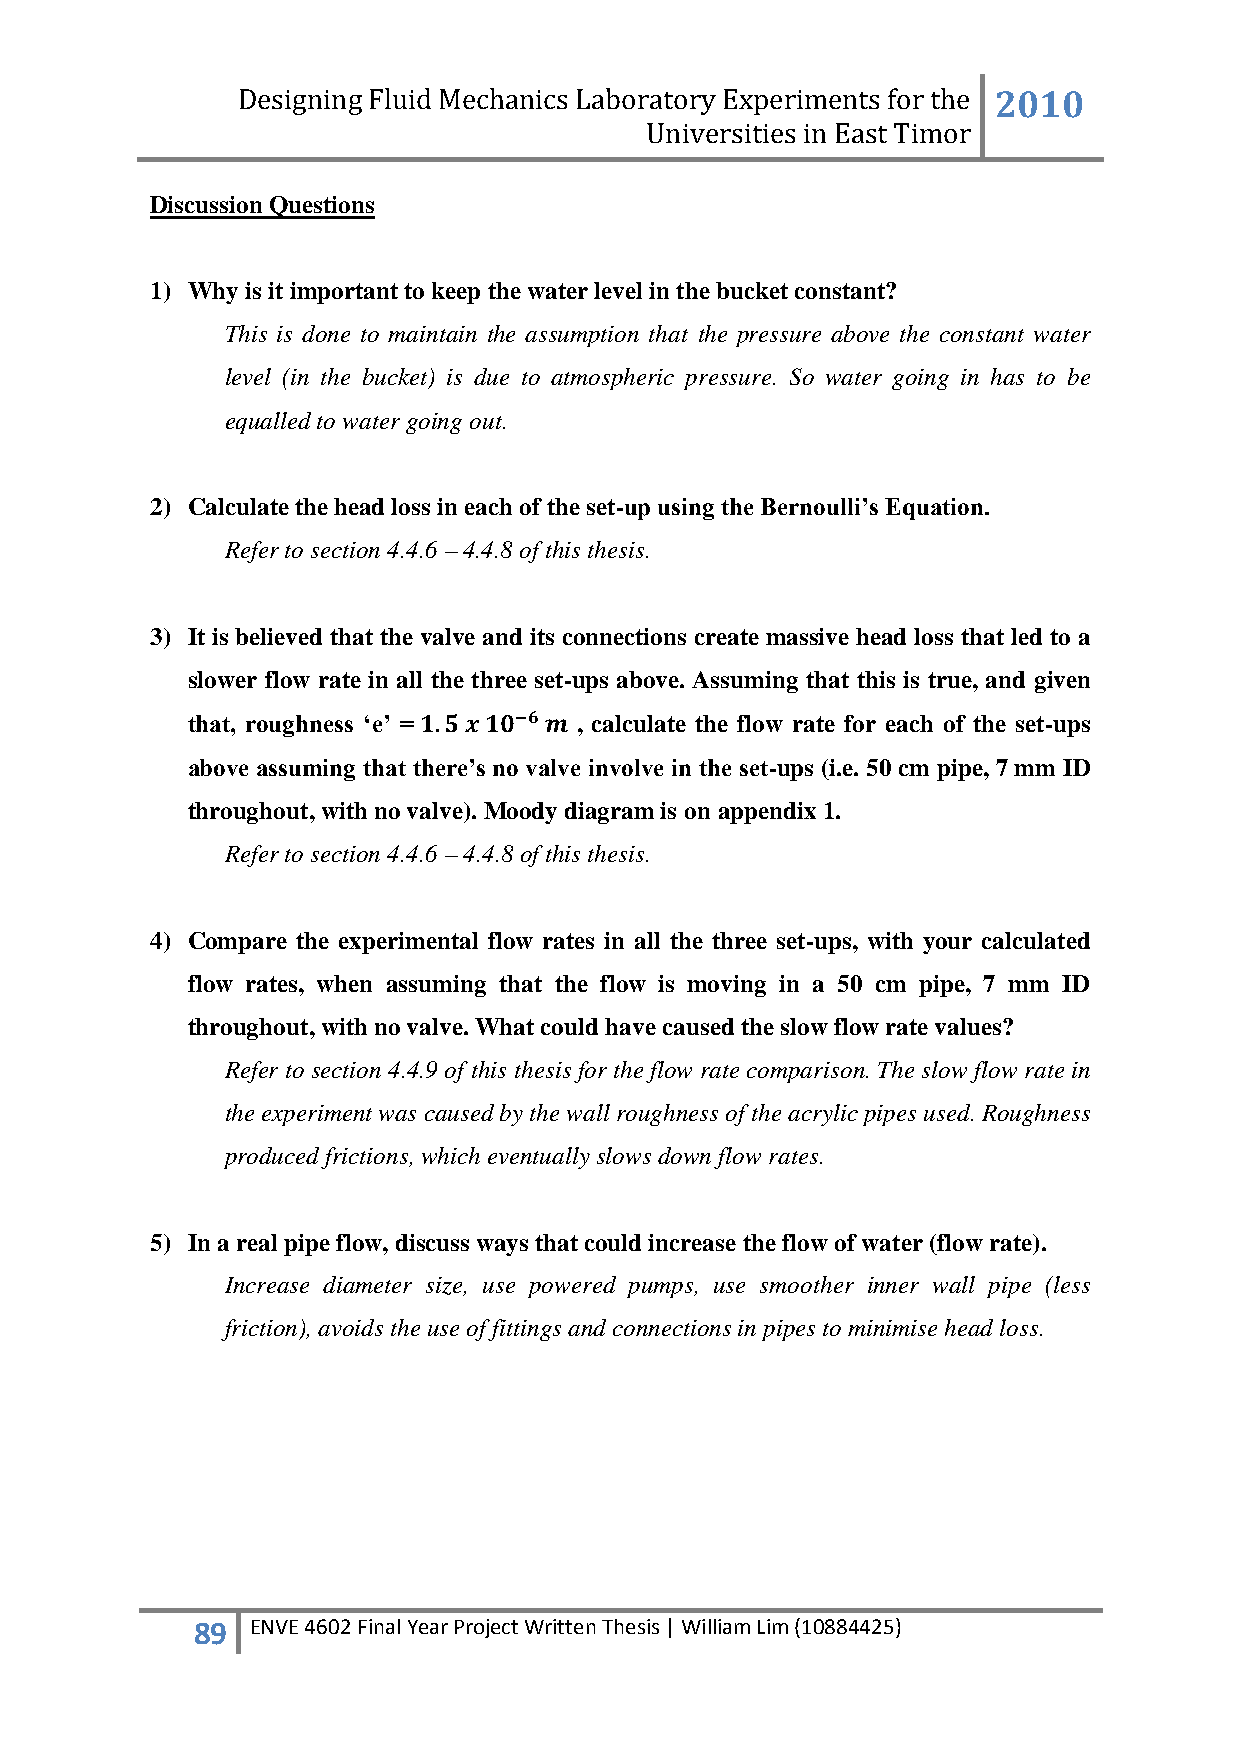
Designing Fluid Mechanics Laboratory Experiments for the 2010
 Universities in East Timor
 Discussion Questions
 1) Why is it important to keep the water level in the bucket constant?
 This is done to maintain the assumption that the pressure above the constant water
 level (in the bucket) is due to atmospheric pressure. So water going in has to be
 equalled to water going out.
 2) Calculate the head loss in each of the set-up using the Bernoulli’s Equation.
 Refer to section 4.4.6 – 4.4.8 of this thesis.
 3) It is believed that the valve and its connections create massive head loss that led to a
 slower flow rate in all the three set-ups above. Assuming that this is true, and given
 that, roughness ‘e’ =     , calculate the flow rate for each of the set-ups
 above assuming that there’s no valve involve in the set-ups (i.e. 50 cm pipe, 7 mm ID
 throughout, with no valve). Moody diagram is on appendix 1.
 Refer to section 4.4.6 – 4.4.8 of this thesis.
 4) Compare the experimental flow rates in all the three set-ups, with your calculated
 flow rates, when assuming that the flow is moving in a 50 cm pipe, 7 mm ID
 throughout, with no valve. What could have caused the slow flow rate values?
 Refer to section 4.4.9 of this thesis for the flow rate comparison. The slow flow rate in
 the experiment was caused by the wall roughness of the acrylic pipes used. Roughness
 produced frictions, which eventually slows down flow rates.
 5) In a real pipe flow, discuss ways that could increase the flow of water (flow rate).
 Increase diameter size, use powered pumps, use smoother inner wall pipe (less
 friction), avoids the use of fittings and connections in pipes to minimise head loss.
 89  ENVE 4602 Final Year Project Written Thesis | William Lim (10884425)